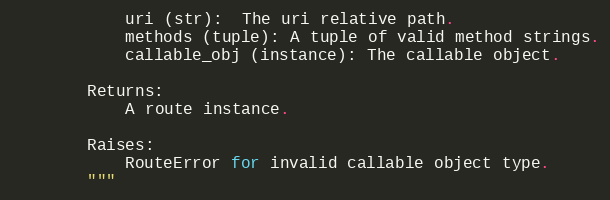
Language: Python
            uri (str):  The uri relative path.
            methods (tuple): A tuple of valid method strings.
            callable_obj (instance): The callable object.

        Returns:
            A route instance.

        Raises:
            RouteError for invalid callable object type.
        """